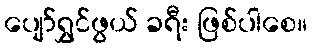
ပျော်ရွှင်ဖွယ် ခရီး ဖြစ်ပါစေ။